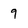
Character: 9